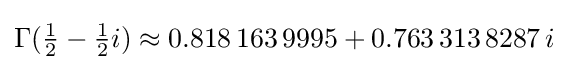
\Gamma ({\tfrac {1}{2}}-{\tfrac {1}{2}}i)\approx 0.818\,163\,9995+0.763\,313\,8287\,i